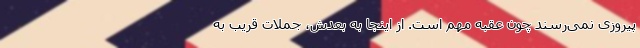
پیروزی نمی‌رسند چون عقبه مهم است. از اینجا به بعدش، جملات قریب به